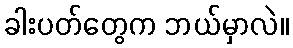
ခါးပတ်တွေက ဘယ်မှာလဲ။